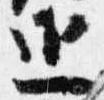
近